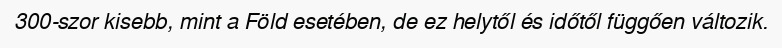
300-szor kisebb, mint a Föld esetében, de ez helytől és időtől függően változik.